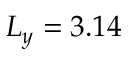
L _ { y } = 3 . 1 4